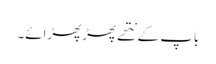
باپ کے نتھے پھڑپھڑائے۔